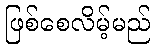
ဖြစ်စေလိမ့်မည်